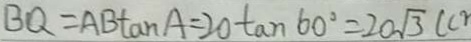
B Q = A B \tan A = 2 0 \tan 6 0 ^ { \circ } = 2 0 \sqrt { 3 } ( c r